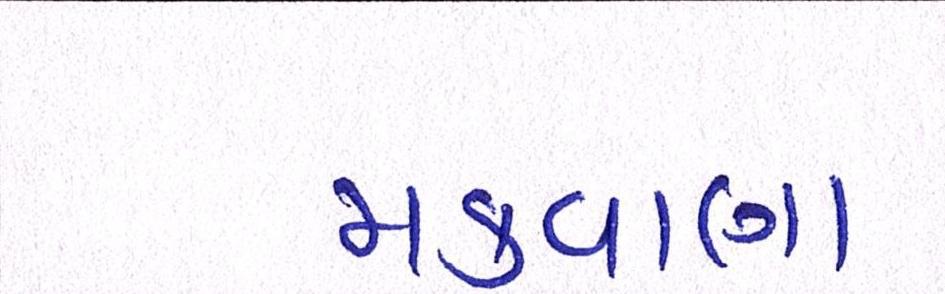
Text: મકવાણા